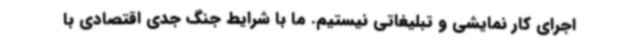
اجرای کار نمایشی و تبلیغاتی نیستیم. ما با شرایط جنگ جدی اقتصادی با